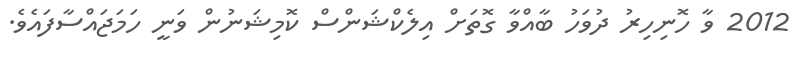
2012 ވާ ހޮނިހިރު ދުވަހު ބާއްވާ ގޮތަށް އިލެކްޝަންސް ކޮމިޝަނުން ވަނީ ހަމަޖައްސާފައެވެ.